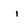
Character: i